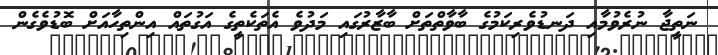
ނަތީޖާ ނުރެވުމާއި ދަނޑުވެރިކަމުގެ ބާވާތްތަށް ބާޒާރުގައި މަދުވެ އެތަކެތީގެ އަގުތައް އިންތިހާއަށް ބޮޑުވެގެން